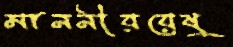
মাননীয়য়েষু